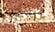
تواصلت